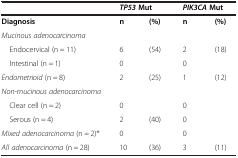
<table><thead><tr><td></td><td colspan="2"><b><i>TP53</i>Mut</b></td><td colspan="2"><b><i>PIK3CA</i>Mut</b></td></tr></thead><tbody><tr><td><b>Diagnosis</b></td><td><b>n</b></td><td><b>(%)</b></td><td><b>n</b></td><td><b>(%)</b></td></tr><tr><td><i>Mucinous adenocarcinoma</i></td><td></td><td></td><td></td><td></td></tr><tr><td> Endocervical (n = 11)</td><td>6</td><td>(54)</td><td>2</td><td>(18)</td></tr><tr><td> Intestinal (n = 1)</td><td>0</td><td></td><td>0</td><td></td></tr><tr><td><i>Endometrioid</i> (n = 8)</td><td>2</td><td>(25)</td><td>1</td><td>(12)</td></tr><tr><td><i>Non-mucinous adenocarcinoma</i></td><td></td><td></td><td></td><td></td></tr><tr><td> Clear cell (n = 2)</td><td>0</td><td></td><td>0</td><td></td></tr><tr><td> Serous (n = 4)</td><td>2</td><td>(40)</td><td>0</td><td></td></tr><tr><td><i>Mixed adenocarcinoma</i> (n = 2)*</td><td>0</td><td></td><td>0</td><td></td></tr><tr><td><i>All adenocarcinoma</i> (n = 28)</td><td>10</td><td>(36)</td><td>3</td><td>(11)</td></tr></tbody></table>